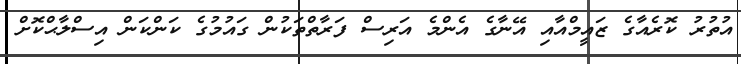
އުތުރު ކޮރެއާގެ ޒައީމްއާއި އޭނާގެ އެންމެ އަރިސް ފަރާތްތަކުން ގައުމުގެ ކަންކަން އިސްލާޙްކޮށް